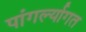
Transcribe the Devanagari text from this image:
पांगर्ल्यागत